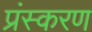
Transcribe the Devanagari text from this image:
प्रंस्करण